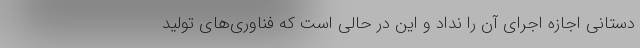
دستانی اجازه اجرای آن را نداد و این در حالی است که فناوری‌های تولید